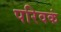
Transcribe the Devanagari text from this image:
परिवकं